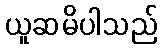
ယူဆမိပါသည်